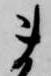
ま